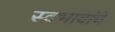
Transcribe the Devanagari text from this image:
स्वभावांचे